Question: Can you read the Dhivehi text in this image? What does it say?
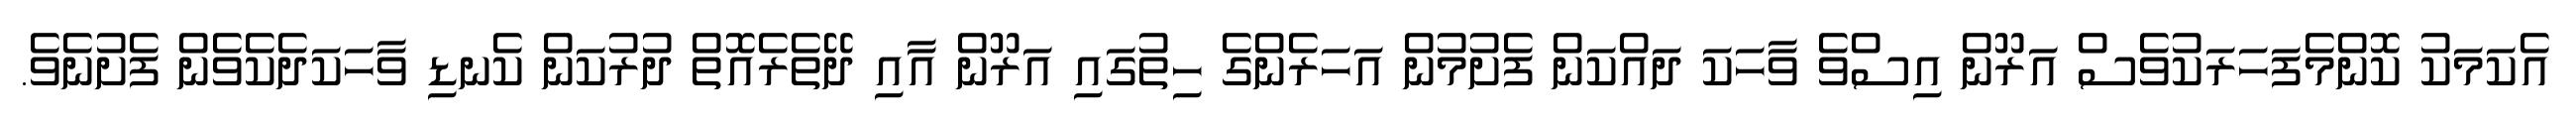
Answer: އެކަމަކު ކޮންމެފަހަރަކުވެސް އަރޫން އިސްވެ ވާހަކަ ދައްކަން ފެށުމުން އަހަރެންގެ ހިތުގައި އަރޫން އާއި ދޭތެރެއޮތް ދުރުކަން ކެނޑި ވާހަކަދެކެވެން ފެށުނެވެ.